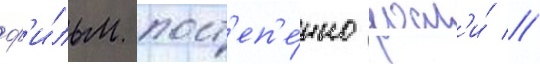
ф'и́льм пост'еп'е́нно росл'и́ //